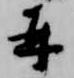
并